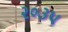
૨૦૩૫